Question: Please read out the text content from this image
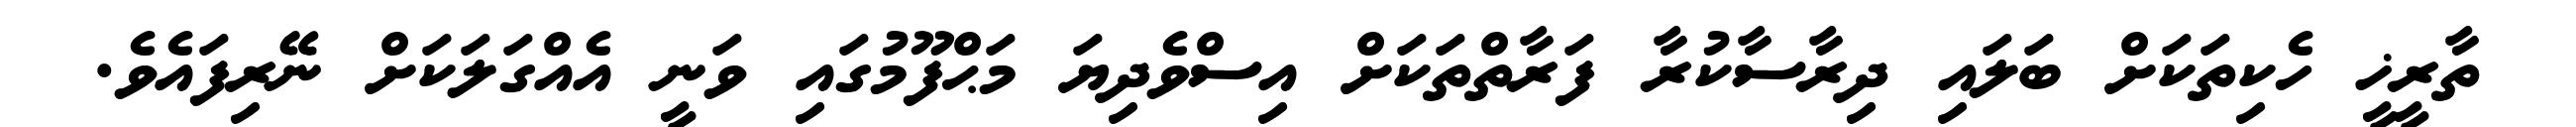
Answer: ތާރީޚީ ހެކިތަކަށް ބަލައި ދިރާސާކުރާ ފަރާތްތަކަށް އިސްވެދިޔަ މަޙްފޫމުގައި ވަނީ އެއްގަލަކަށް ނޭރިފައެވެ.